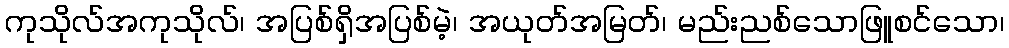
ကုသိုလ်အကုသိုလ်၊ အပြစ်ရှိအပြစ်မဲ့၊ အယုတ်အမြတ်၊ မည်းညစ်သောဖြူစင်သော၊